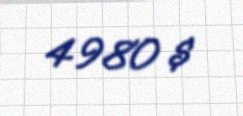
4980 $